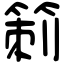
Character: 箣